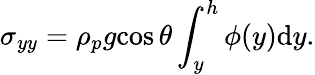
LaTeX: \sigma_{yy}=\rho_{p}{g}{\cos\theta}\int_{y}^{h}\phi(y)\mathrm{d}y.